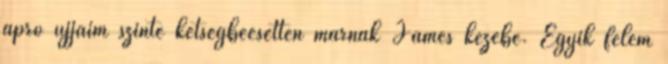
apró ujjaim szinte kétségbeesetten marnak James kezébe. Egyik felem